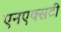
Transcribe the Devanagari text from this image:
एनएक्सटी